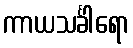
ကာယသင်္ခါရော